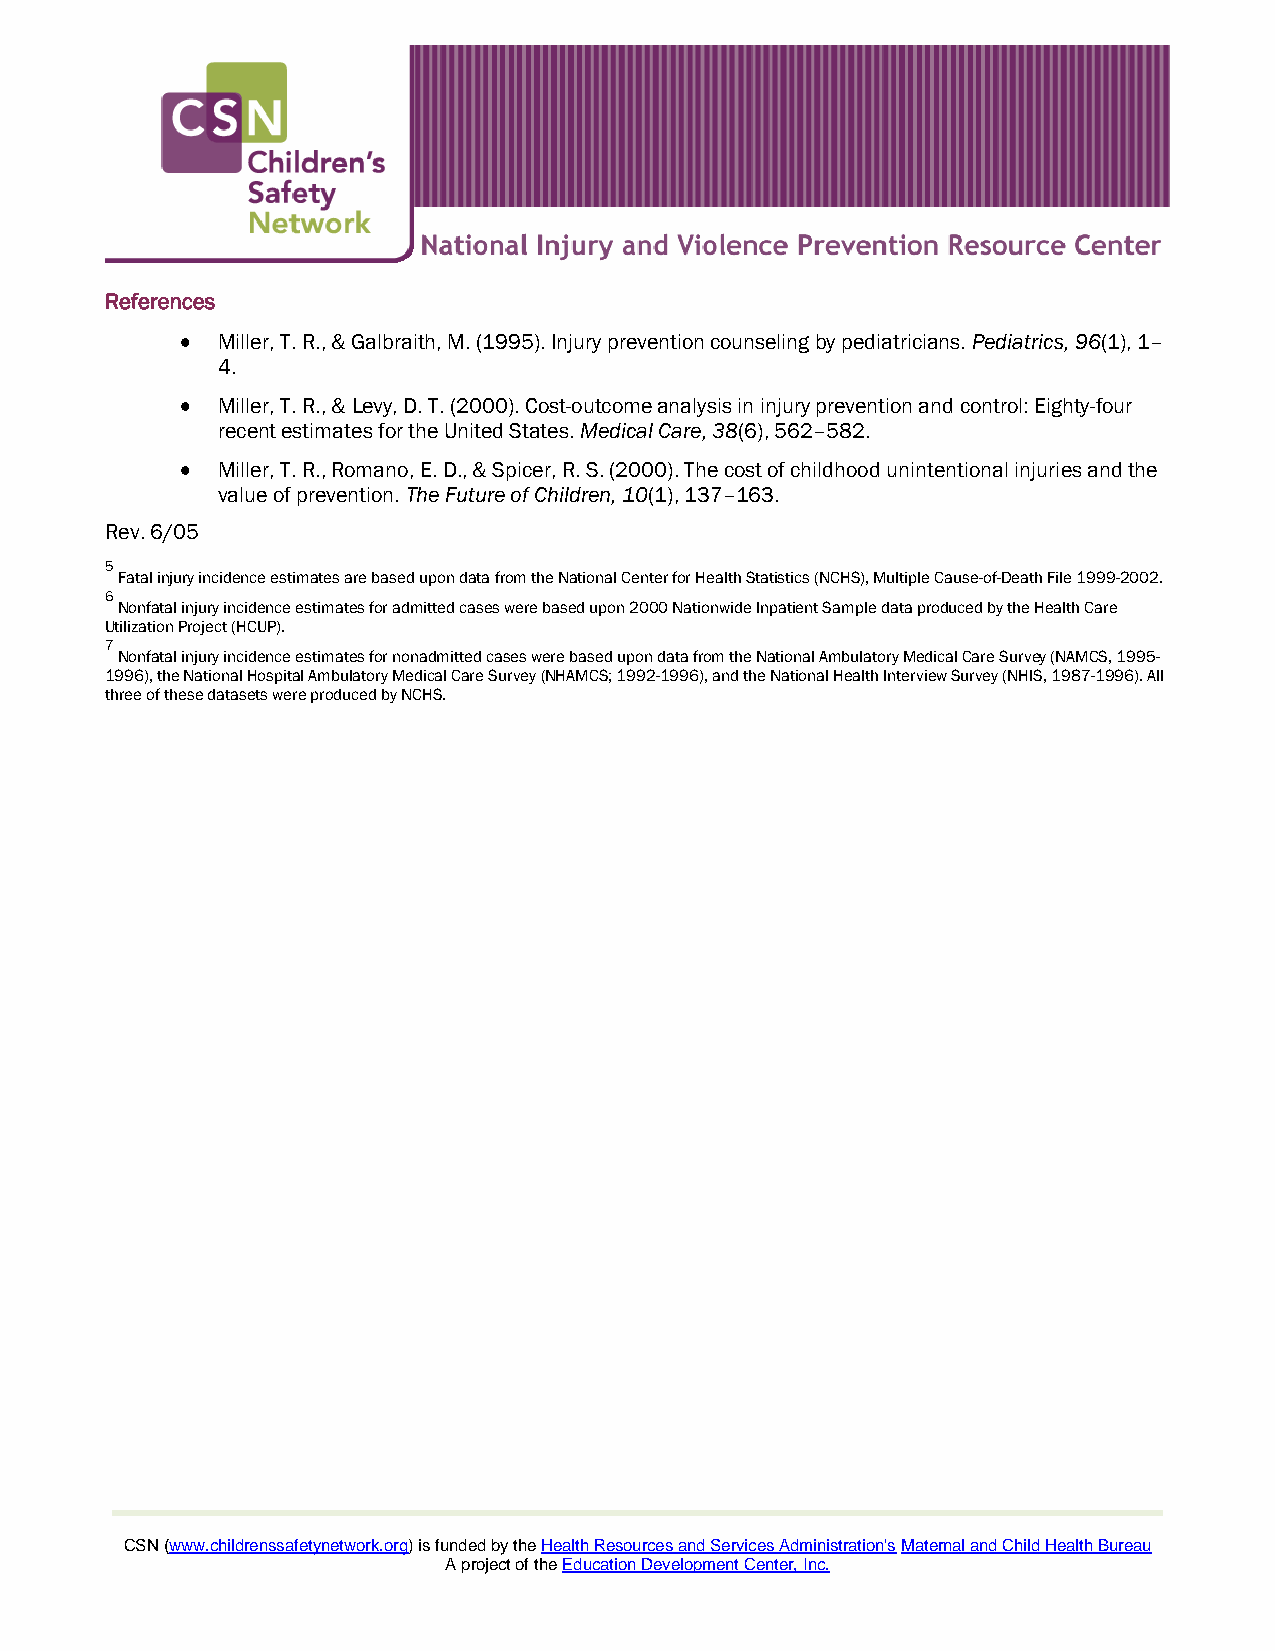
References
 Miller, T. R., & Galbraith, M. (1995). Injury prevention counseling by pediatricians. Pediatrics, 96(1), 1–
 4.
 Miller, T. R., & Levy, D. T. (2000). Cost-outcome analysis in injury prevention and control: Eighty-four
 recent estimates for the United States. Medical Care, 38(6), 562–582.
 Miller, T. R., Romano, E. D., & Spicer, R. S. (2000). The cost of childhood unintentional injuries and the
 value of prevention. The Future of Children, 10(1), 137–163.
 Rev. 6/05
 5
 Fatal injury incidence estimates are based upon data from the National Center for Health Statistics (NCHS), Multiple Cause-of-Death File 1999-2002.
 6
 Nonfatal injury incidence estimates for admitted cases were based upon 2000 Nationwide Inpatient Sample data produced by the Health Care
 Utilization Project (HCUP).
 7
 Nonfatal injury incidence estimates for nonadmitted cases were based upon data from the National Ambulatory Medical Care Survey (NAMCS, 1995-
 1996), the National Hospital Ambulatory Medical Care Survey (NHAMCS; 1992-1996), and the National Health Interview Survey (NHIS, 1987-1996). All
 three of these datasets were produced by NCHS.
 CSN (www.childrenssafetynetwork.org) is funded by the Health Resources and Services Administration's Maternal and Child Health Bureau
 A project of the Education Development Center, Inc.